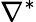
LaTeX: \nabla^{*}